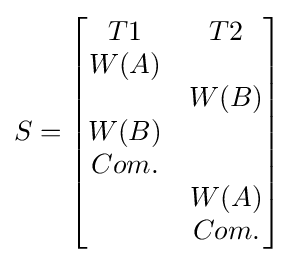
S={\begin{bmatrix}T1&T2\\W(A)&\\&W(B)\\W(B)&\\Com.&\\&W(A)\\&Com.\end{bmatrix}}